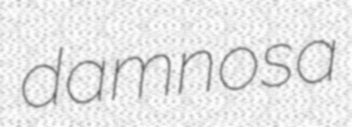
damnosa